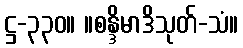
ဋ္ဌ-၃၃၀။ ။စန္ဒိမာဒိသုတ်-သံ။